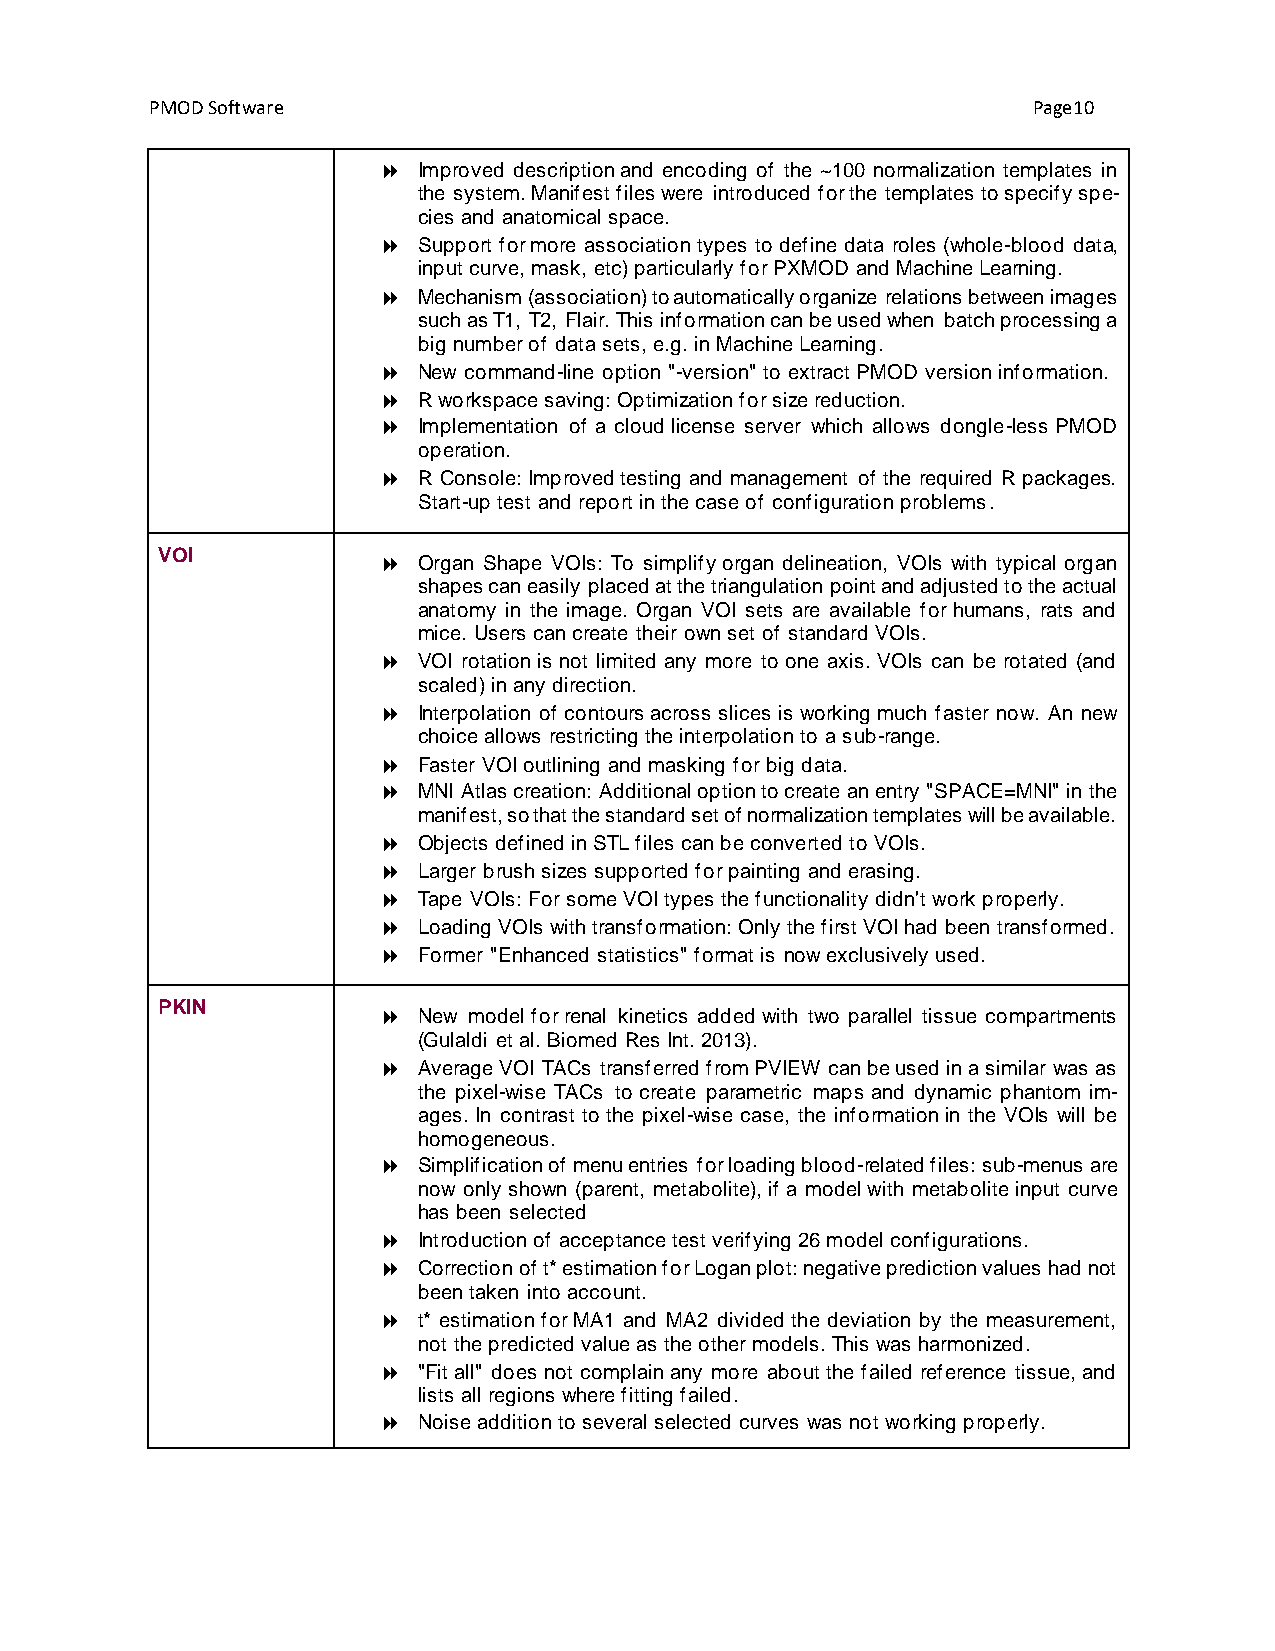
PMOD Software                                             Page10
   Improved description and encoding of the ~100 normalization templates in
 the system. Manifest files were introduced for the templates to specify spe-
 cies and anatomical space.
   Support for more association types to define data roles (whole-blood data,
 input curve, mask, etc) particularly for PXMOD and Machine Learning.
   Mechanism (association) to automatically organize relations between images
 such as T1, T2, Flair. This information can be used when batch processing a
 big number of data sets, e.g. in Machine Learning.
   New command-line option "-version" to extract PMOD version information.
   R workspace saving: Optimization for size reduction.
   Implementation of a cloud license server which allows dongle-less PMOD
 operation.
   R Console: Improved testing and management of the required R packages.
 Start-up test and report in the case of configuration problems.
 VOI
   Organ Shape VOIs: To simplify organ delineation, VOIs with typical organ
 shapes can easily placed at the triangulation point and adjusted to the actual
 anatomy in the image. Organ VOI sets are available for humans, rats and
 mice. Users can create their own set of standard VOIs.
   VOI rotation is not limited any more to one axis. VOIs can be rotated (and
 scaled) in any direction.
   Interpolation of contours across slices is working much faster now. An new
 choice allows restricting the interpolation to a sub-range.
   Faster VOI outlining and masking for big data.
   MNI Atlas creation: Additional option to create an entry "SPACE=MNI" in the
 manifest, so that the standard set of normalization templates will be available.
   Objects defined in STL files can be converted to VOIs.
   Larger brush sizes supported for painting and erasing.
   Tape VOIs: For some VOI types the functionality didn't work properly.
   Loading VOIs with transformation: Only the first VOI had been transformed.
   Former "Enhanced statistics" format is now exclusively used.
 PKIN
   New model for renal kinetics added with two parallel tissue compartments
 (Gulaldi et al. Biomed Res Int. 2013).
   Average VOI TACs transferred from PVIEW can be used in a similar was as
 the pixel-wise TACs to create parametric maps and dynamic phantom im-
 ages. In contrast to the pixel-wise case, the information in the VOIs will be
 homogeneous.
   Simplification of menu entries for loading blood-related files: sub-menus are
 now only shown (parent, metabolite), if a model with metabolite input curve
 has been selected
   Introduction of acceptance test verifying 26 model configurations.
   Correction of t* estimation for Logan plot: negative prediction values had not
 been taken into account.
   t* estimation for MA1 and MA2 divided the deviation by the measurement,
 not the predicted value as the other models. This was harmonized.
   "Fit all" does not complain any more about the failed reference tissue, and
 lists all regions where fitting failed.
   Noise addition to several selected curves was not working properly.